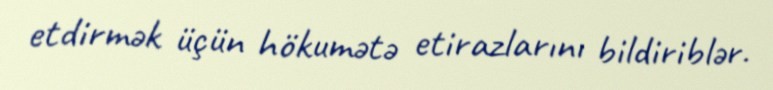
etdirmək üçün hökumətə etirazlarını bildiriblər.